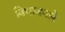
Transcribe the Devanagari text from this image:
विभाजनाने